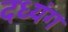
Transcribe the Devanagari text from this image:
दध्यंग